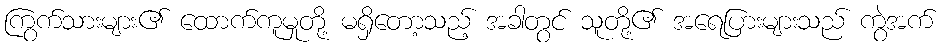
ကြွက်သားများ၏ ထောက်ကူမှုတို့ မရှိတော့သည့် အခါတွင် သူတို့၏ အရေပြားများသည် ကွဲအက်